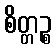
စိတ္တဉ္စ